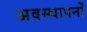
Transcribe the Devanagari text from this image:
अवस्थापनों